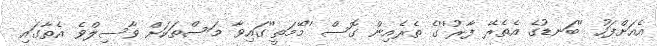
އެއަށްފަހު ''ބަނޑުގެ އެތެރޭ ފާރު''ގެ ތެރެއިން ގޮސް ''މޭމަތީ''ގައިވާ މަސްތަކަށް ވާސިލްވެ އެތާގައި